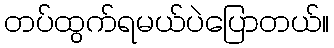
တပ်ထွက်ရမယ်ပဲပြောတယ်။